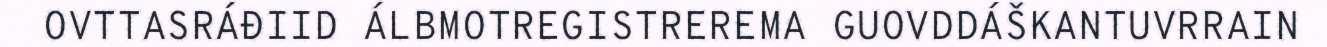
OVTTASRÁĐIID ÁLBMOTREGISTREREMA GUOVDDÁŠKANTUVRRAIN